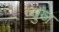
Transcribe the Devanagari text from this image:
व्युज